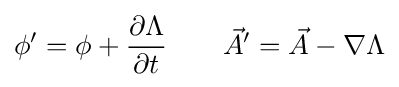
\phi '=\phi +{\partial \Lambda  \over \partial t}\qquad {\vec {A}}'={\vec {A}}-\nabla \Lambda